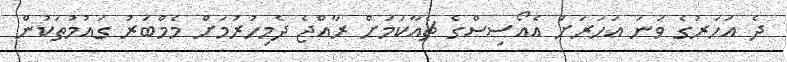
ދެ އަހަރުގެ ވަނަ އަހަރަށް އެއޯސިސްގެ ޗެއާކަމަށް ރާއްޖެ ދެމިހުރުމަށް މެމްބަރު ގައުމުތަކުން